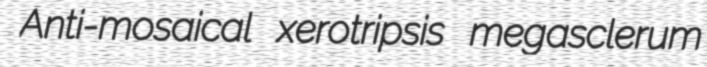
Anti-mosaical xerotripsis megasclerum